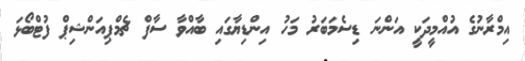
އިމްރާނުގެ އުއްމީދަކީ އަންނަ ޑިސެމަބަރު މަހު އިންޑިޔާގައި ބާއްވާ ސާފް ޗެމްޕިއަންޝިޕް ފުޓްބޯޅަ